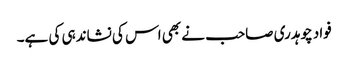
فواد چوہدری صاحب نے بھی اس کی نشاندہی کی ہے۔